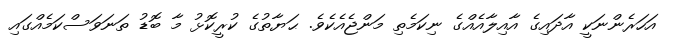
އަހަރެންނަކީ އާދައިގެ އާއިލާއެއްގެ ނިކަމެތި މަންޖެއެކެވެ. ޙަޔާތުގެ ކުރީކޮޅު މާ ބޮޑު ތަނަވަސްކަމެއްގައި